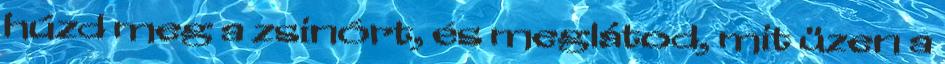
húzd meg a zsinórt, és meglátod, mit üzen a